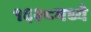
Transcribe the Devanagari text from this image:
१६२८मध्ये